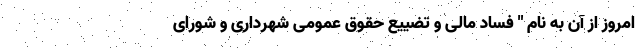
امروز از آن به نام " فساد مالی و تضییع حقوق عمومی شهرداری و شورای